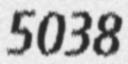
5038